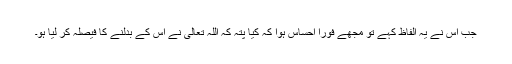
جب اس نے یہ الفاظ کہے تو مجھے فوراً احساس ہوا کہ کیا پتہ کہ اللہ تعالیٰ نے اس کے بدلنے کا فیصلہ کر لیا ہو۔